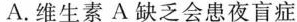
A.维生素A缺乏会患夜盲症